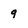
Character: 9